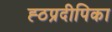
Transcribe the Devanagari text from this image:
ह्ठप्रदीपिका